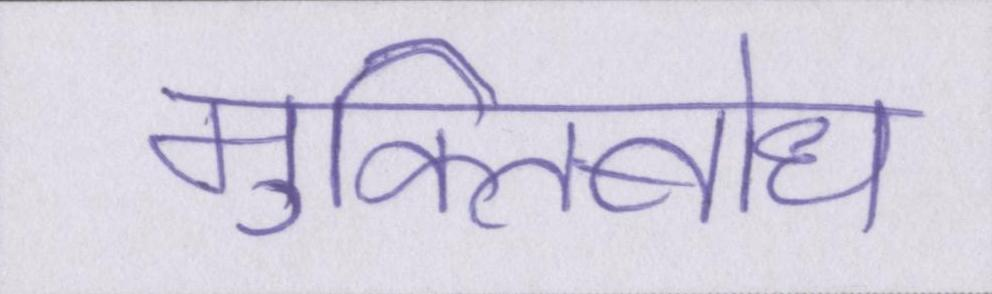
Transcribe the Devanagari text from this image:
मुक्तिबोध